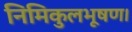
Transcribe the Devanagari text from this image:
निमिकुलभूषण।